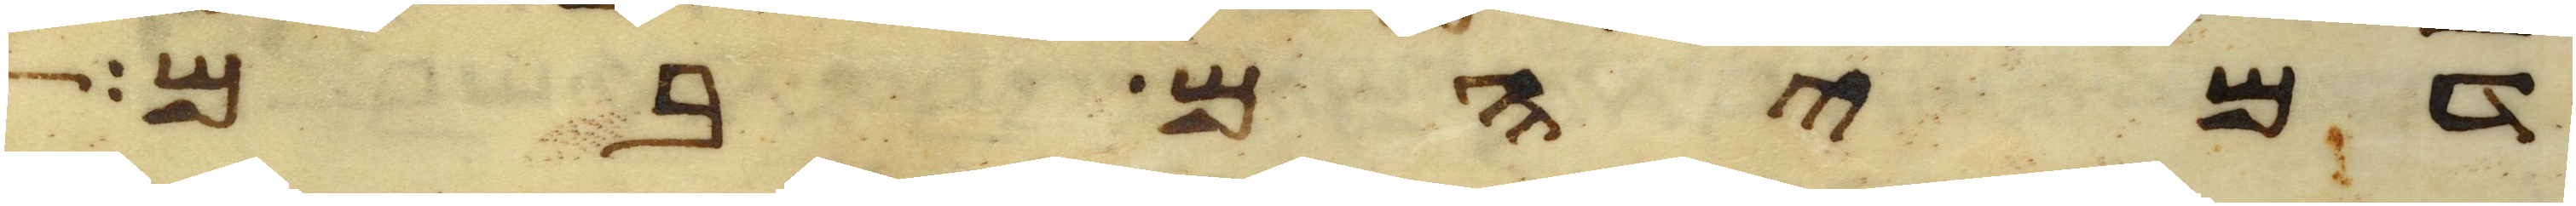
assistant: דמיהם בם